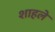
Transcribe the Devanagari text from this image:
शाहले